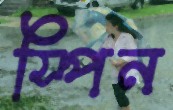
স্পিন